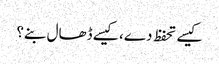
کیسے تحفظ دے، کیسے ڈھال بنے؟